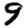
Digit: 9